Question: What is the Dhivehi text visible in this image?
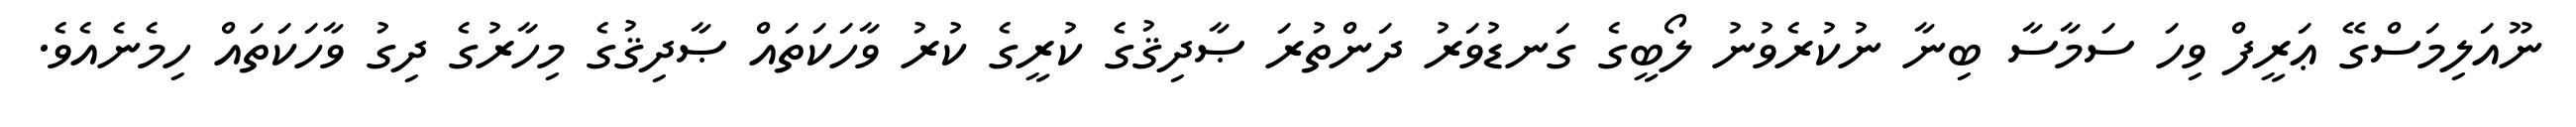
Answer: ނޫއަލިމަސްގޭ ޢަރީފް ވިހަ ސަމާސާ ބިނާ ނުކުރެވުނު ލޯބީގެ ގަނޑުވަރު ދަންތުރަ ޞާދިޤުގެ ކުރީގެ ކުރު ވާހަކަތައް ޞާދިޤުގެ މިހާރުގެ ދިގު ވާހަކަތައް ހިމެނެއެވެ.